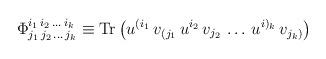
LaTeX: \begin{align*}\Phi^{i_1\, i_2 \, \dots \, i_k}_{j_1 \, j_2 \, \dots \, j_k} \equiv \mbox{Tr} \left( u^{(i_1} \, v_{(j_1} \, u^{i_2} \, v_{j_2} \, \dots \, u^{i)_k} \, v_{j_k)} \right)\end{align*}